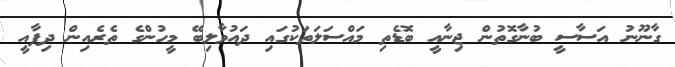
ގާނޫނު އަސާސީ ބުނާގޮތުން ޖިނާއީ ބޮޑެތި މައްސަލަތަކުގައި ދައުވާލިބޭ މީހުންގެ ތެރެއިން ދިފާއީ